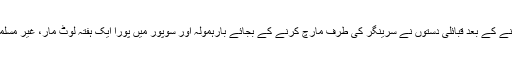
گوکہ یہ سچ ہے کہ 22اکتوبر کو ڈوگرہ فوج کو شکست دینے کے بعد قبائلی دستوں نے سرینگر کی طرف مارچ کرنے کے بجائے بارہمولہ اور سوپور میں پورا ایک ہفتہ لوٹ مار، غیر مسلموں خاص طور پر سکھوں کو سبق سکھانے میں ضائع کیا۔